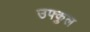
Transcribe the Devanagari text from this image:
उफ्कुल